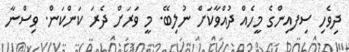
ދިވެހި ސިފއިންގެ މީހެއް ދުއްވާކަށް ނުލިބޭ. މީ ވަރަށް ދެރަ ކަންކަން. ވިސްނާ